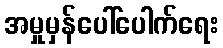
အမှုမှန်ပေါ်ပေါက်ရေး